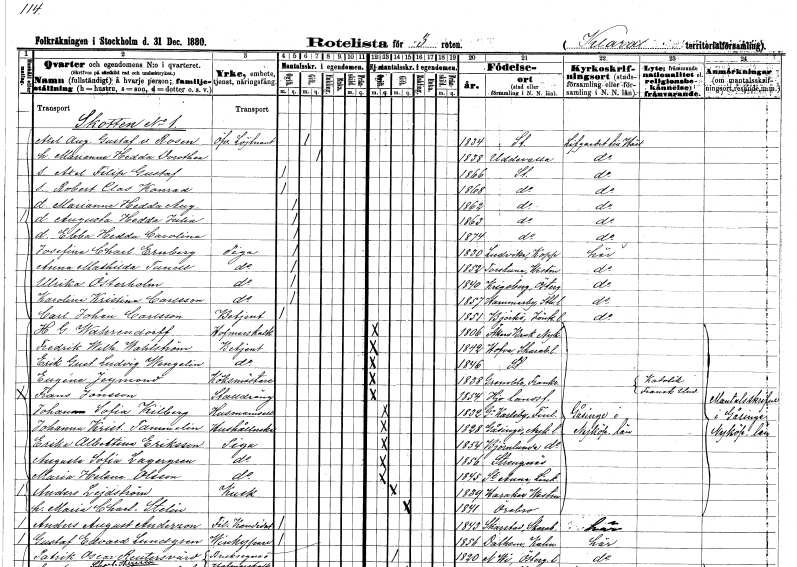
gt_parse: households: individuals: FN: Axel August Gustaf
EN: v. Rosen
YRKE: Överstelöjtnant
KON: M
CIV: G
FODAR: 1834
FODFORS: Stockholm
FN: Marianne Hedda Dorothea
KON: K
CIV: G
FODAR: 1838
FODFORS: Uddevalla Göteborgs- och Bohuslän
FN: Axel Filip Gustaf
KON: M
CIV: O
FODAR: 1866
FODFORS: Stockholm
FN: Robert Clas Konrad
KON: M
CIV: O
FODAR: 1868
FODFORS: Stockholm
FN: Marianne Hedda Augusta
KON: K
CIV: O
FODAR: 1862
FODFORS: Stockholm
FN: Augusta Hedda Julia
KON: K
CIV: O
FODAR: 1863
FODFORS: Stockholm
FN: Ebba Hedda Carolina
KON: K
CIV: O
FODAR: 1874
FODFORS: Stockholm
FN: Josefina Charlotta
EN: Ernberg
YRKE: Piga
KON: K
CIV: O
FODAR: 1830
FODFORS: Ludvika Kopparbergs län
FN: Anna Mathilda
EN: Tunell
YRKE: Piga
KON: K
CIV: O
FODAR: 1852
FODFORS: Torstuna Uppsala län
FN: Ulrika
EN: Österholm
YRKE: Piga
KON: K
CIV: O
FODAR: 1840
FODFORS: Krigsberg Östergötlands län
FN: Karolina Kristina
EN: Carlsson
YRKE: Piga
KON: K
CIV: O
FODAR: 1857
FODFORS: Hammarby Stockholms län
FN: Carl Johan
EN: Carlsson
YRKE: Betjänt
KON: M
CIV: O
FODAR: 1851
FODFORS: Björkö Jönköpings län
FN: H. G.
EN: Währendorff
YRKE: Hovmarskalk
KON: M
CIV: O
FODAR: 1806
FODFORS: Åker Södermanlands län
FN: Fredrik Wilhelm
EN: Wahlström
YRKE: Betjänt
KON: M
CIV: O
FODAR: 1842
FODFORS: Hova Skaraborgs län
FN: Erik Gustaf Ludvig
EN: Wengelin
YRKE: Betjänt
KON: M
CIV: O
FODAR: 1846
FODFORS: Stockholm
FN: Eugéne
EN: Jeymond
YRKE: Köksmästare
KON: M
CIV: O
FODAR: 1838
FN: Frans
EN: Jonsson
YRKE: Stalldräng
KON: M
CIV: O
FODAR: 1854
FODFORS: Hjo landsförsamling Skaraborgs län
FN: Johanna Sofia
EN: Kilberg
YRKE: Husmamsell
KON: K
CIV: O
FODAR: 1832
FN: Johanna Kristina
EN: Tammelin
YRKE: Hushållerska
KON: K
CIV: O
FODAR: 1828
FODFORS: Gåsinge Södermanlands län
FN: Erika Albertina
EN: Eriksson
YRKE: Piga
KON: K
CIV: O
FODAR: 1854
FODFORS: Björnlunda Södermanlands län
FN: Augusta Sofia
EN: Lagergren
YRKE: Piga
KON: K
CIV: O
FODAR: 1856
FODFORS: Strängnäs Södermanlands län
FN: Maria Helena
EN: Olsson
YRKE: Piga
KON: K
CIV: O
FODAR: 1845
FODFORS: Sankt Anna Östergötlands län
FN: Anders
EN: Lejdström
YRKE: Kusk
KON: M
CIV: G
FODAR: 1839
FODFORS: Haraker Västmanlands län
FN: Maria Charlotta
EN: Stelin
KON: K
CIV: G
FODAR: 1841
FODFORS: Örebro Örebro län
FN: Anders August
EN: Anderzon
YRKE: Fil. kand.
KON: M
CIV: O
FODAR: 1843
FODFORS: Skarstad Skaraborgs län
FN: Gustaf Edvard
EN: Lundgren
YRKE: Vinkypare
KON: M
CIV: O
FODAR: 1856
FODFORS: Dalhem Kalmar län
FN: Patrik Oscar
EN: Reutersvärd
YRKE: Bruksägare Hovmarskalk
KON: M
CIV: G
FODAR: 1820
FODFORS: Norra Vi Östergötlands län